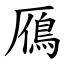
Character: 鴈